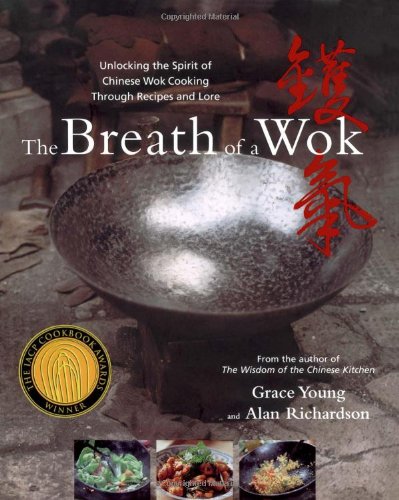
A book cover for The Breath of a Wok; Grace Young; Cookbooks, Food & Wine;